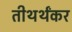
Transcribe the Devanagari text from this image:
तीथर्थंकर